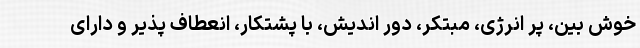
خوش بین، پر انرژی، مبتکر، دور اندیش، با پشتکار، انعطاف پذیر و دارای